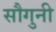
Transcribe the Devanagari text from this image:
सौगुनी